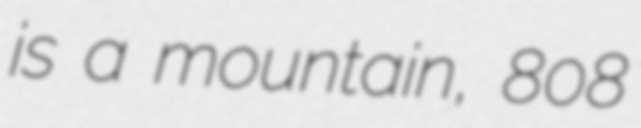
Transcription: is a mountain, 808